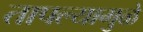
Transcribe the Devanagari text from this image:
तापल्यामुळे